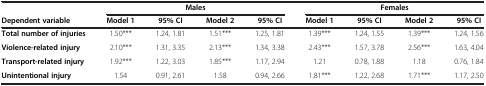
<table><thead><tr><td><b> </b></td><td colspan="4"><b>Males</b></td><td colspan="4"><b>Females</b></td></tr><tr><td><b>Dependent variable</b></td><td><b>Model 1</b></td><td><b>95% CI</b></td><td><b>Model 2</b></td><td><b>95% CI</b></td><td><b>Model 1</b></td><td><b>95% CI</b></td><td><b>Model 2</b></td><td><b>95% CI</b></td></tr></thead><tbody><tr><td><b>Total number of injuries</b></td><td>1.50***</td><td>1.24, 1.81</td><td>1.51***</td><td>1.25, 1.81</td><td>1.39***</td><td>1.24, 1.55</td><td>1.39***</td><td>1.24, 1.56</td></tr><tr><td><b>Violence-related injury</b></td><td>2.10***</td><td>1.31, 3.35</td><td>2.13***</td><td>1.34, 3.38</td><td>2.43***</td><td>1.57, 3.78</td><td>2.56***</td><td>1.63, 4.04</td></tr><tr><td><b>Transport-related injury</b></td><td>1.92***</td><td>1.22, 3.03</td><td>1.85***</td><td>1.17, 2.94</td><td>1.21</td><td>0.78, 1.88</td><td>1.18</td><td>0.76, 1.84</td></tr><tr><td><b>Unintentional injury</b></td><td>1.54</td><td>0.91, 2.61</td><td>1.58</td><td>0.94, 2.66</td><td>1.81***</td><td>1.22, 2.68</td><td>1.71***</td><td>1.17, 2.50</td></tr></tbody></table>